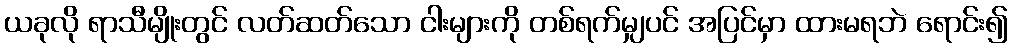
ယခုလို ရာသီမျိုးတွင် လတ်ဆတ်သော ငါးများကို တစ်ရက်မျှပင် အပြင်မှာ ထားမရဘဲ ရောင်း၍